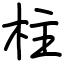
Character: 柱